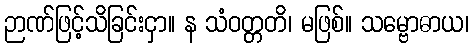
ဉာဏ်ဖြင့်သိခြင်းငှာ။ န သံဝတ္တတိ၊ မဖြစ်။ သမ္ဗောဓာယ၊